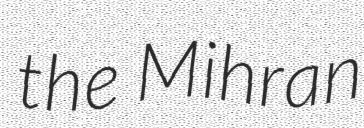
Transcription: the Mihran